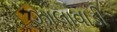
ઝાલાવાડી